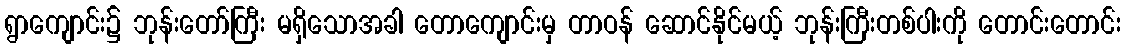
ရွာကျောင်း၌ ဘုန်းတော်ကြီး မရှိသောအခါ တောကျောင်းမှ တာဝန် ဆောင်နိုင်မယ့် ဘုန်းကြီးတစ်ပါးကို တောင်းတောင်း